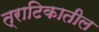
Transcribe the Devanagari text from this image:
त्राटिकातील